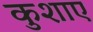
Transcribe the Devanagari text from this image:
कुशाए